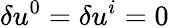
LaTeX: \delta u^{0}=\delta u^{i}=0